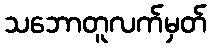
သဘောတူလက်မှတ်